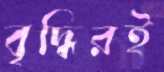
বৃদ্ধিরই